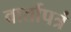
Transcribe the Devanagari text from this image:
वार्तापत्रं